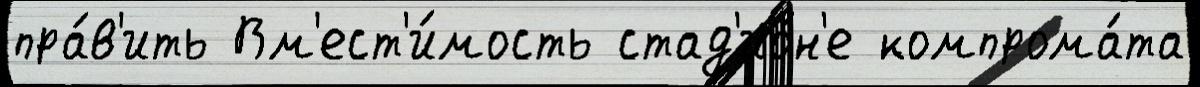
пра́в'ить Вм'ест'и́мость стад'ио́н'е компрома́та